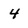
Character: 4